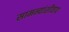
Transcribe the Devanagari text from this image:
सामन्यांशीवाय